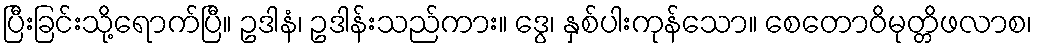
ပြီးခြင်းသို့ရောက်ပြီ။ ဥဒါနံ၊ ဥဒါန်းသည်ကား။ ဒွေ၊ နှစ်ပါးကုန်သော။ စေတောဝိမုတ္တိဖလာစ၊